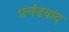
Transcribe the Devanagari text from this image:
प्रचंडवाद